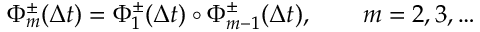
\Phi _ { m } ^ { \pm } ( \Delta t ) = \Phi _ { 1 } ^ { \pm } ( \Delta t ) \circ \Phi _ { m - 1 } ^ { \pm } ( \Delta t ) , \qquad m = 2 , 3 , \dots